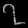
Digit: ၇